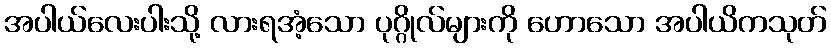
အပါယ်လေးပါးသို့ လားရအံ့သော ပုဂ္ဂိုလ်များကို ဟောသော အပါယိကသုတ်